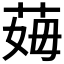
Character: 𦰓